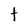
Character: t